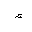
Letter: _hamza